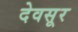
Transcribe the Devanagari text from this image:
देवसूर